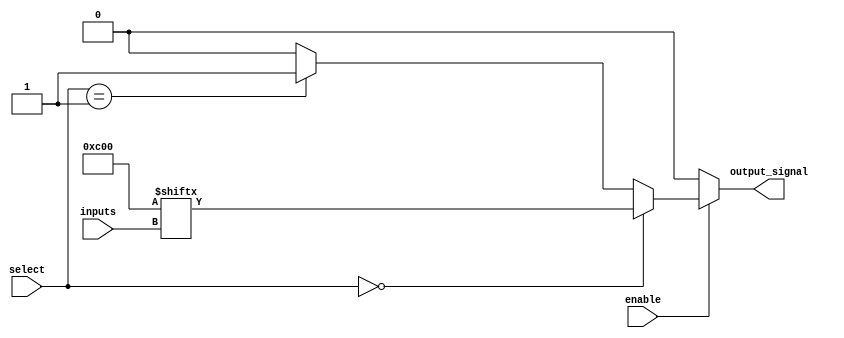
module CLB (
    input wire [3:0] inputs,         // 4 input signals
    input wire [1:0] select,         // Selector for multiplexer
    input wire enable,                // Enable signal
    output wire output_signal         // Output signal
);
    // Look-Up Table (LUT) implementation for a 4-input function
    reg [15:0] lut;                   // 16 possible combinations for 4 inputs
    wire lut_output;

    // Initialize LUT with some example logic function (e.g., A & B | C & D)
    initial begin
        lut = 16'b0000000000000000;   // Clear LUT
        lut[0]  = 1'b0;                // 0000
        lut[1]  = 1'b0;                // 0001
        lut[2]  = 1'b0;                // 0010
        lut[3]  = 1'b0;                // 0011
        lut[4]  = 1'b0;                // 0100
        lut[5]  = 1'b0;                // 0101
        lut[6]  = 1'b0;                // 0110
        lut[7]  = 1'b0;                // 0111
        lut[8]  = 1'b0;                // 1000
        lut[9]  = 1'b0;                // 1001
        lut[10] = 1'b1;                // 1010 (A & B)
        lut[11] = 1'b1;                // 1011 (A & B)
        lut[12] = 1'b0;                // 1100
        lut[13] = 1'b0;                // 1101
        lut[14] = 1'b0;                // 1110
        lut[15] = 1'b0;                // 1111
    end

    // LUT output based on inputs
    assign lut_output = lut[inputs]; // Select output from LUT based on input combination

    // Multiplexer to select between LUT output and a constant value (e.g., 1'b0 or 1'b1)
    wire mux_output;
    assign mux_output = (select == 2'b00) ? lut_output : 
                        (select == 2'b01) ? 1'b1 : 
                        (select == 2'b10) ? 1'b0 : 
                        1'b0; // Default case

    // Output logic with enable signal
    assign output_signal = enable ? mux_output : 1'b0; // Output is driven only if enabled

endmodule